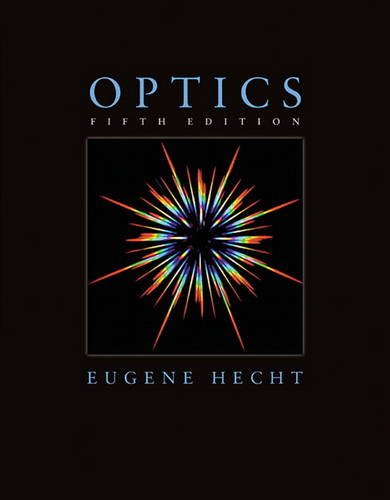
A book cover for Optics (5th Edition); Eugene Hecht; Science & Math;